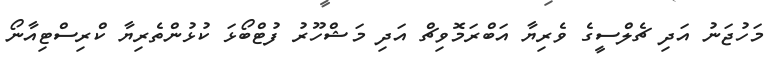
މަހުޖަނު އަދި ޗެލްސީގެ ވެރިޔާ އަބްރަމޮވިޗް އަދި މަޝްހޫރު ފުޓްބޯޅަ ކުޅުންތެރިޔާ ކްރިސްޓިއާނޯ